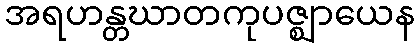
အရဟန္တဃာတကုပဇ္ဈာယေန